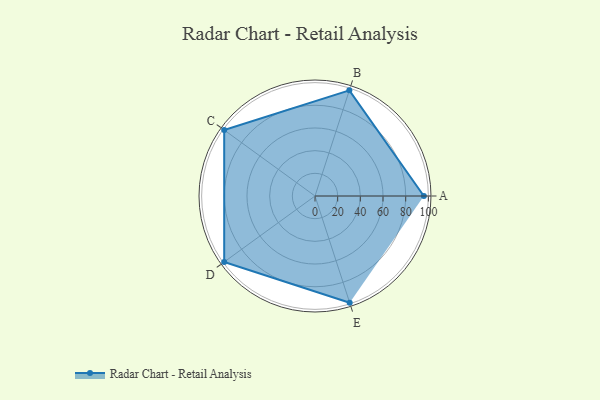
{"axis": {"x": "Skill", "y": "Score"}, "legend": ["Profile"], "data": [{"x": "A", "y": 96.0, "type": "Profile"}, {"x": "B", "y": 98.0, "type": "Profile"}, {"x": "C", "y": 99, "type": "Profile"}, {"x": "D", "y": 99, "type": "Profile"}, {"x": "E", "y": 99, "type": "Profile"}]}